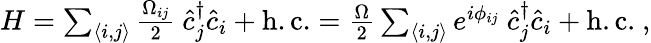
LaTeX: \begin{array}{r}{H=\sum_{\langle i,j\rangle}\frac{\Omega_{ij}}{2}\ \hat{c}_{j}^{\dagger}\hat{c}_{i}+\mathrm{h.c.}=\frac{\Omega}{2}\sum_{\langle i,j\rangle}e^{i\phi_{ij}}\ \hat{c}_{j}^{\dagger}\hat{c}_{i}+\mathrm{h.c.}\ ,}\end{array}